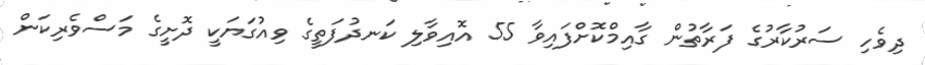
ދިވެހި ސަރުކާރުގެ ފަރާތުން ގާއިމްކޮށްފައިވާ 55 އޮއިވާލި ކަނދުފަތީގެ ވިއުގަޔަކީ ދޮށީގެ މަސްވެރިކަން